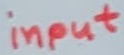
Text: input